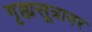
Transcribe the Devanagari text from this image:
गृह्यसूत्रावर